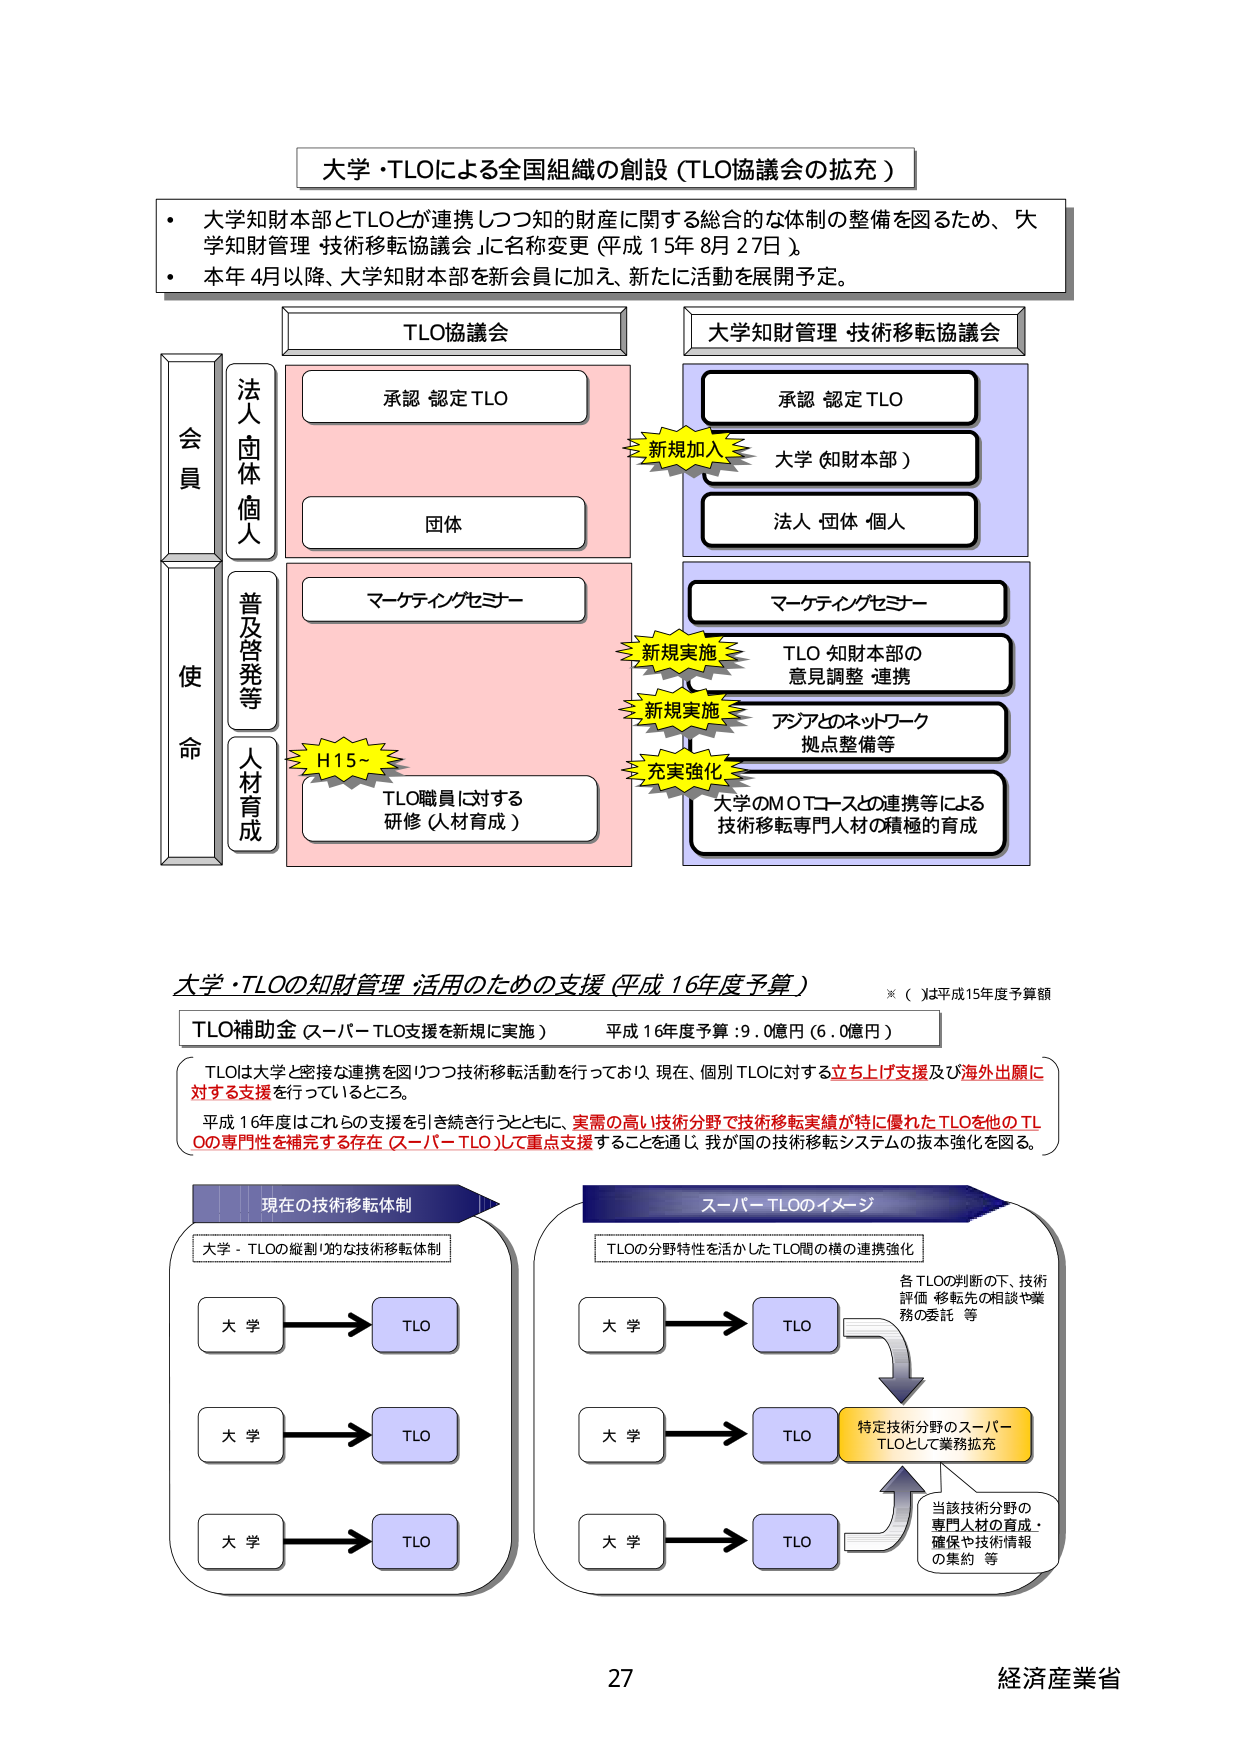
大学・TLOによる全国組織の創設（TLO協議会の拡充）

・大学知財本部とTLOとが連携しつつ知的財産に関する総合的な体制の整備を図るため、「大学知財管理・技術移転協議会」に名称変更（平成15年8月27日）。
・本年4月以降、大学知財本部を新会員に加え、新たに活動を展開予定。

TLO協議会
承認・認定TLO
団体
マーケティングセミナー
H15～
TLO職員に対する研修（人材育成）

大学知財管理・技術移転協議会
承認・認定TLO
大学（知財本部）
法人・団体・個人
マーケティングセミナー
TLO・知財本部の意見調整・連携
アジアとのネットワーク拠点整備等
大学のMOTコースとの連携等による技術移転専門人材の積極的育成

新規加入
新規実施
新規実施
充実強化

会員
法人・団体・個人
使命
普及啓発等
人材育成

大学・TLOの知財管理・活用のための支援（平成16年度予算）
※（ ）は平成15年度予算額

TLO補助金（スーパーTLO支援を新規に実施） 平成16年度予算：9.0億円（6.0億円）

TLOは大学と密接な連携を図りつつ技術移転活動を行っており、現在、個別TLOに対する立ち上げ支援及び海外出願に対する支援を行っているところ。
平成16年度はこれらの支援を引き続き行うとともに、実需の高い技術分野で技術移転実績が特に優れたTLOを他のTLOの専門性を補完する存在（スーパーTLO）として重点支援することを通じ、我が国の技術移転システムの抜本強化を図る。

現在の技術移転体制
大学・TLOの縦割り的な技術移転体制
大学 → TLO
大学 → TLO
大学 → TLO

スーパーTLOのイメージ
TLOの分野特性を活かしたTLO間の横の連携強化
大学 → TLO
大学 → TLO
大学 → TLO
各TLOの判断の下、技術評価・移転先の相談や業務の委託等
特定技術分野のスーパーTLOとして業務拡充
当該技術分野の専門人材の育成・確保や技術情報の集約等

27
経済産業省